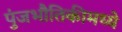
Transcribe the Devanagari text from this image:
पुंजभौतिकीमध्ये